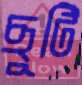
ছুটি